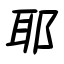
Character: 耶